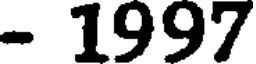
- 1997